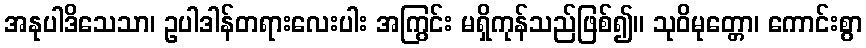
အနုပါဒိသေသာ၊ ဥပါဒါန်တရားလေးပါး အကြွင်း မရှိကုန်သည်ဖြစ်၍။ သုဝိမုတ္တော၊ ကောင်းစွာ